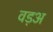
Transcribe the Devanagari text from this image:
वड़अ